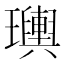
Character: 𤫌